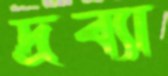
দ্রব্যা